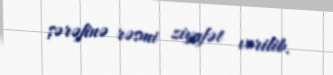
şərəfinə rəsmi ziyafət verilib.